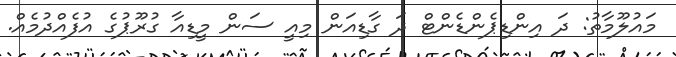
މައުލޫމާތު: ދަ އިންޑިޕެންޑެންޓް ދަ ގާޑިއަން މިއީ ސަން މީޑިއާ ގުރޫޕުގެ އުފެއްދުމެއް.